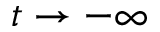
t \to - \infty